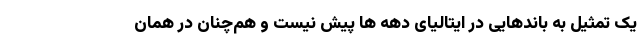
یک تمثیل به باندهایی در ایتالیای دهه ها پیش نیست و هم‌چنان در همان